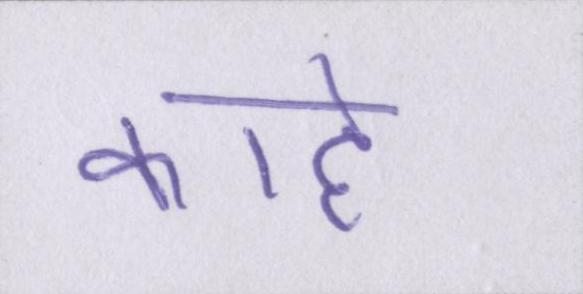
काहे